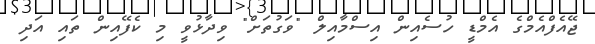
ޖޭއެފްއެމްގެ އެމްޑީ ހުސެއިން އިސްމާއިލް "ވަގުތަށް" ވިދާޅުވީ މި ކެފޭއިން ތައި އަދި